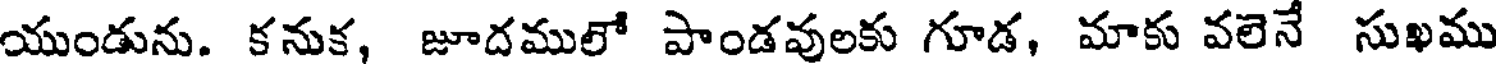
యుండును. కనుక, జూదములో పాండవులకు గూడ, మాకు వలెనే సుఖము